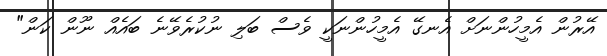
އޭރުން އެމީހުންނަށް އެނގޭ އެމީހުންނަކީ ވެސް ބަލި ނުކުރެވޭނެ ބައެއް ނޫން ކަން"